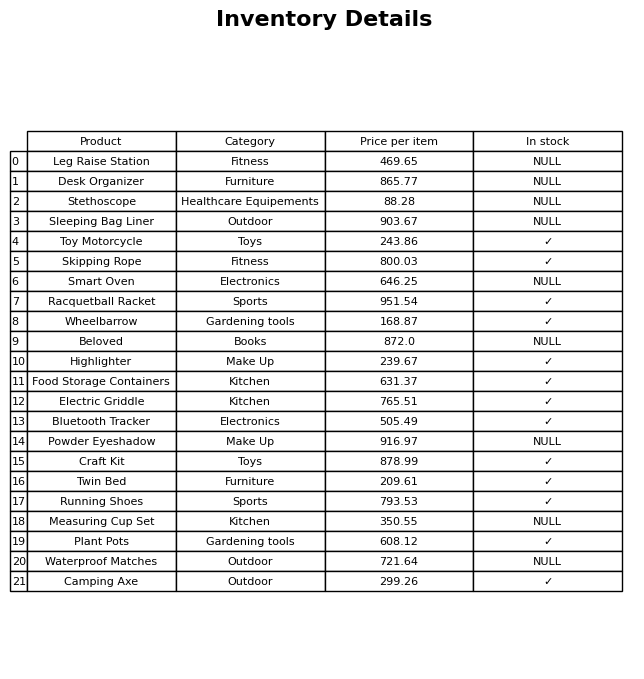
question: What is the price for Measuring Cup Set?
answer: The price of Measuring Cup Set is 350.55.